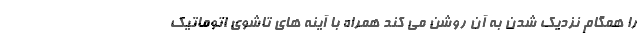
را همگام نزدیک شدن به آن روشن می کند همراه با آینه های تاشوی اتوماتیک